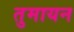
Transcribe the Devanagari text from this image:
तुमायन